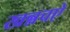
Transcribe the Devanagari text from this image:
खन्नचऐ